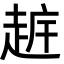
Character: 𧻧